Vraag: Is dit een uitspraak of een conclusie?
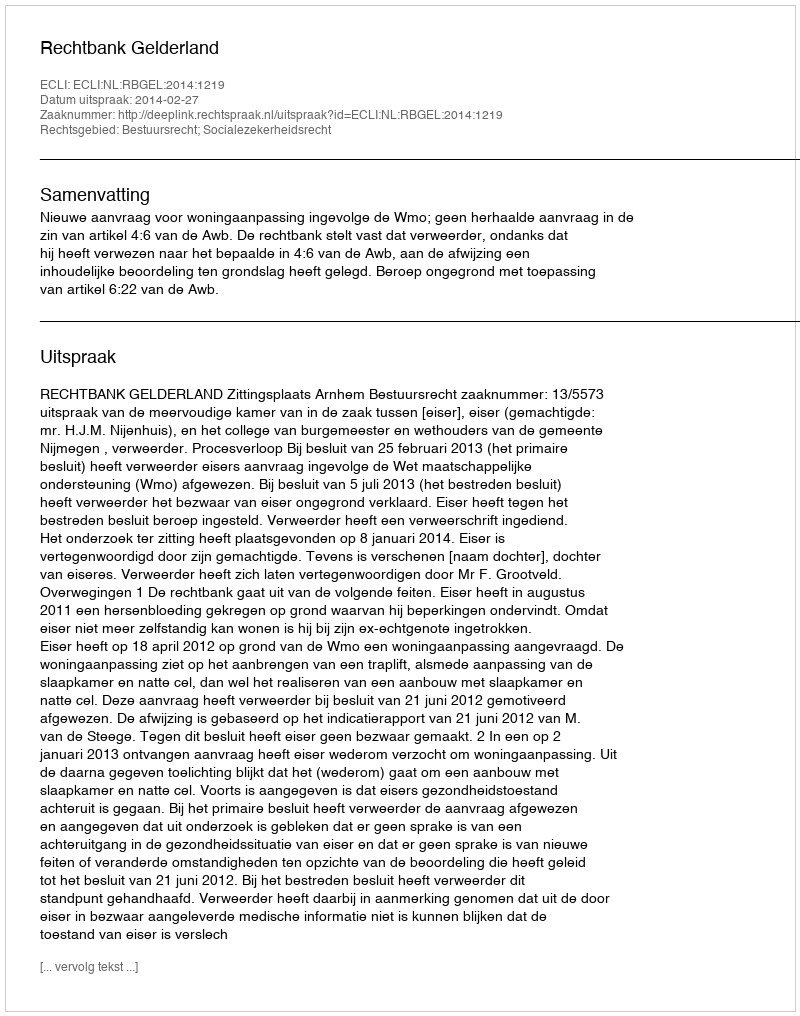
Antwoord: Uitspraak